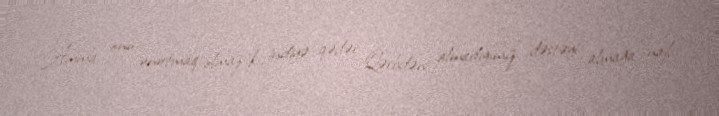
Amma onu unutmaq olmaz ki, indiyə qədər Qərbdən almadığımız dəstəyi almağa nail